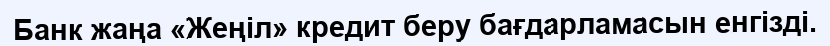
Банк жаңа «Жеңiл» кредит беру бағдарламасын енгізді.